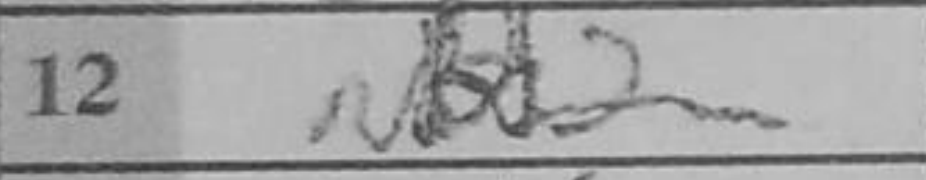
Transcription: Nbd2